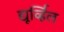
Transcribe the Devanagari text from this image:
द्यूर्व्हिल